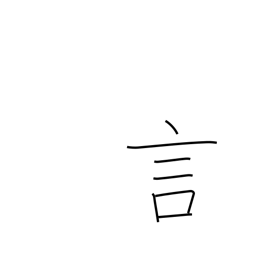
Meaning: word